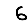
Digit: 6